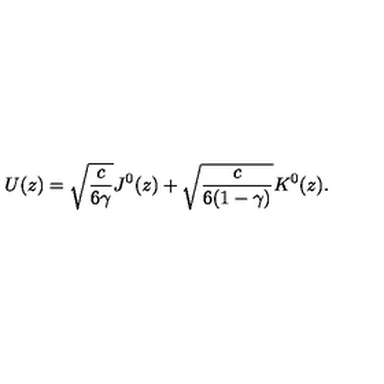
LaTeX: U ( z ) = \sqrt { \frac { c } { 6 \gamma } } J ^ { 0 } ( z ) + \sqrt { \frac { c } { 6 ( 1 - \gamma ) } } K ^ { 0 } ( z ) .